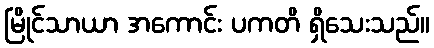
မြိုင်သာယာ အကောင်း ပကတိ ရှိသေးသည်။